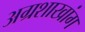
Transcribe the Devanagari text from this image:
अग्रशाखांग